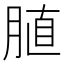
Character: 䐈